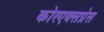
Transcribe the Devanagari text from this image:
कोरएक्सप्रेस